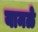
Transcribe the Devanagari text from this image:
यामळे